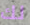
لك